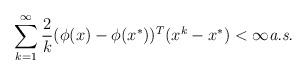
LaTeX: \begin{align*} \sum_{k=1}^\infty \frac{2}{k} (\phi(x) - \phi(x^*))^T(x^k-x^*) < \infty\mbox{{\it a.s.}}\end{align*}